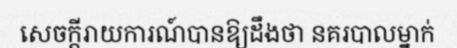
សេចក្តីរាយការណ៍បានឱ្យដឹងថា នគរបាលម្នាក់